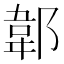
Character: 郼